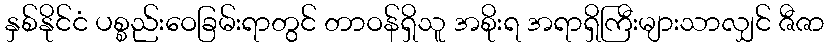
နှစ်နိုင်ငံ ပစ္စည်းဝေခြမ်းရာတွင် တာဝန်ရှိသူ အစိုးရ အရာရှိကြီးများသာလျှင် ဇီဇာ